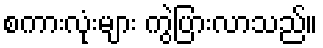
စကားလုံးများ ကွဲပြားလာသည်။